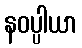
နဝပ္ပါယာ